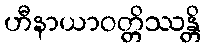
ဟီနာယာဝတ္တိဿန္တိ